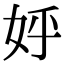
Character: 𡛚